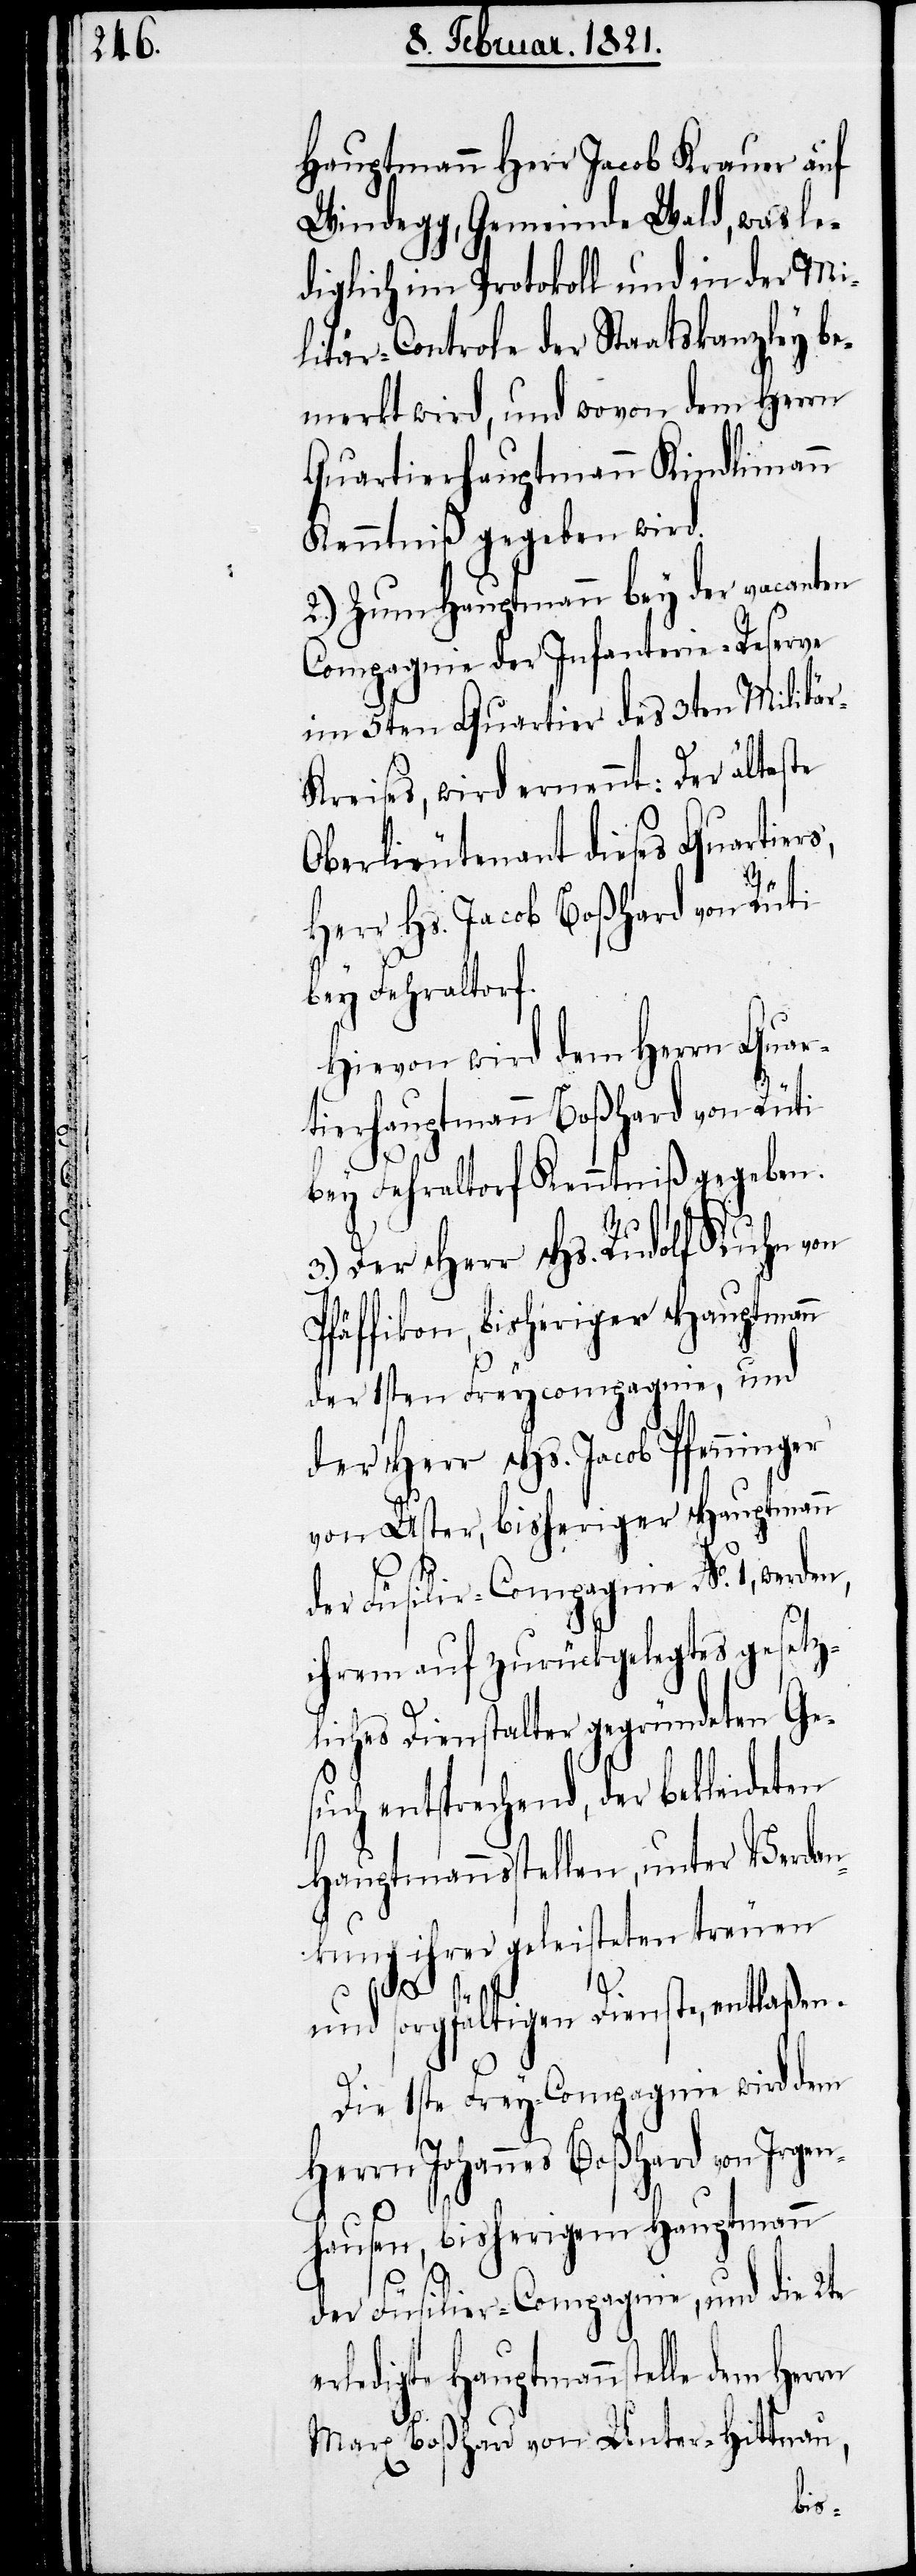
Hauptmann Herr Jacob Krauer auf
Windegg, Gemeinde Wald, was le¬
diglich im Protokoll und in der Mi¬
litär-Controle der Staatskanzley be¬
merkt wird, und wovon dem Herrn
Quartierhauptmann Kindlimann
Kenntniß gegeben wird.
2.) Zum Hauptmann bey der vacanten
Compagnie der Infanterie-Reserve
im 5ten Quartier des 3ten Militär-K¬
reises, wird ernennt: Der älteste
Oberlieutenant dieses Quartiers,
Herr Hs. Jacob Boßhard von Rüti
bey Fehraltorf.
Hievon wird dem Herrn Quar¬
tierhauptmann Boßhard von Rüti
n
bey Fehraltorf Kenntniß gegeben.
3.) Der Herr Hs. Rudolf Kuhn von
Pfäffikon, bisheriger Hauptman¬
der 1sten Freycompagnie, und
der Herr Hs. Jacob Pfenninger
von Uster, bisheriger Hauptmann
der Füsilir-Compagnie No. 1, werden,
ihrem auf zurückgelegtes gesetz¬
liches Dienstalter gegründeten Ges¬
uch entsprechend, der bekleideten
Hauptmannsstellen, unter Verdan¬
kung ihrer geleisteten treuen
und sorgfältigen Dienste, entlaßen.
Die 1ste Frey-Compagnie wird dem
Herrn Johannes Boßhard von Irge¬
nhausen, bisherigem Hauptmann
rn
der Füsilir-Compagnie, und die 2te
rledigte Hauptmannstelle dem Her¬
Marx Boßhard von Unter-Hittnau,
e¬